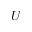
U